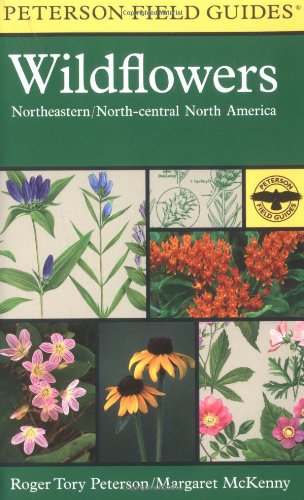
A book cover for A Field Guide to Wildflowers: Northeastern and North-central North America (Peterson Field Guides); Margaret McKenny; Science & Math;